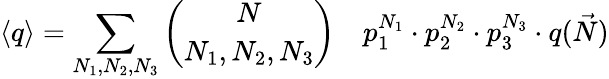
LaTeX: \langle q\rangle=\sum_{N_{1},N_{2},N_{3}}\binom{N}{N_{1},N_{2},N_{3}}\quad p_{1}^{N_{1}}\cdot p_{2}^{N_{2}}\cdot p_{3}^{N_{3}}\cdot q(\vec{N})